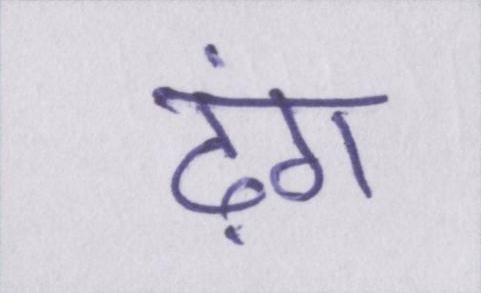
ढ़ंग